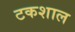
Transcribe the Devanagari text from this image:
टकशाल